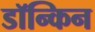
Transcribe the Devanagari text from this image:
डॉन्किन